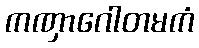
ကဏှာဂေါတမကံ